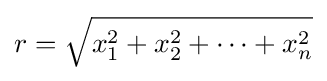
r={\sqrt {x_{1}^{2}+x_{2}^{2}+\cdots +x_{n}^{2}}}